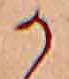
か